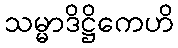
သမ္မာဒိဋ္ဌိကေဟိ